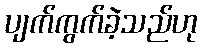
ပျက်ကွက်ခဲ့သည်ဟု